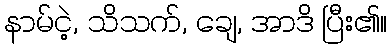
နာမ်ငဲ့, သိသက်, ချေ, အာဒိ ပြီး၏။